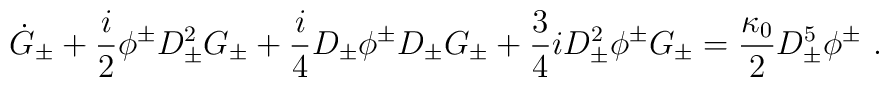
\dot G_\pm  +\frac{i}{2} \phi^\pm D^2_\pm G_\pm + \frac{i}{4} D_\pm\phi^\pm D_\pm G_\pm+ \frac{3}{4} i D^2_\pm \phi^\pm G_\pm= \frac{\kappa_0}{2} D^5_\pm \phi^\pm ~.